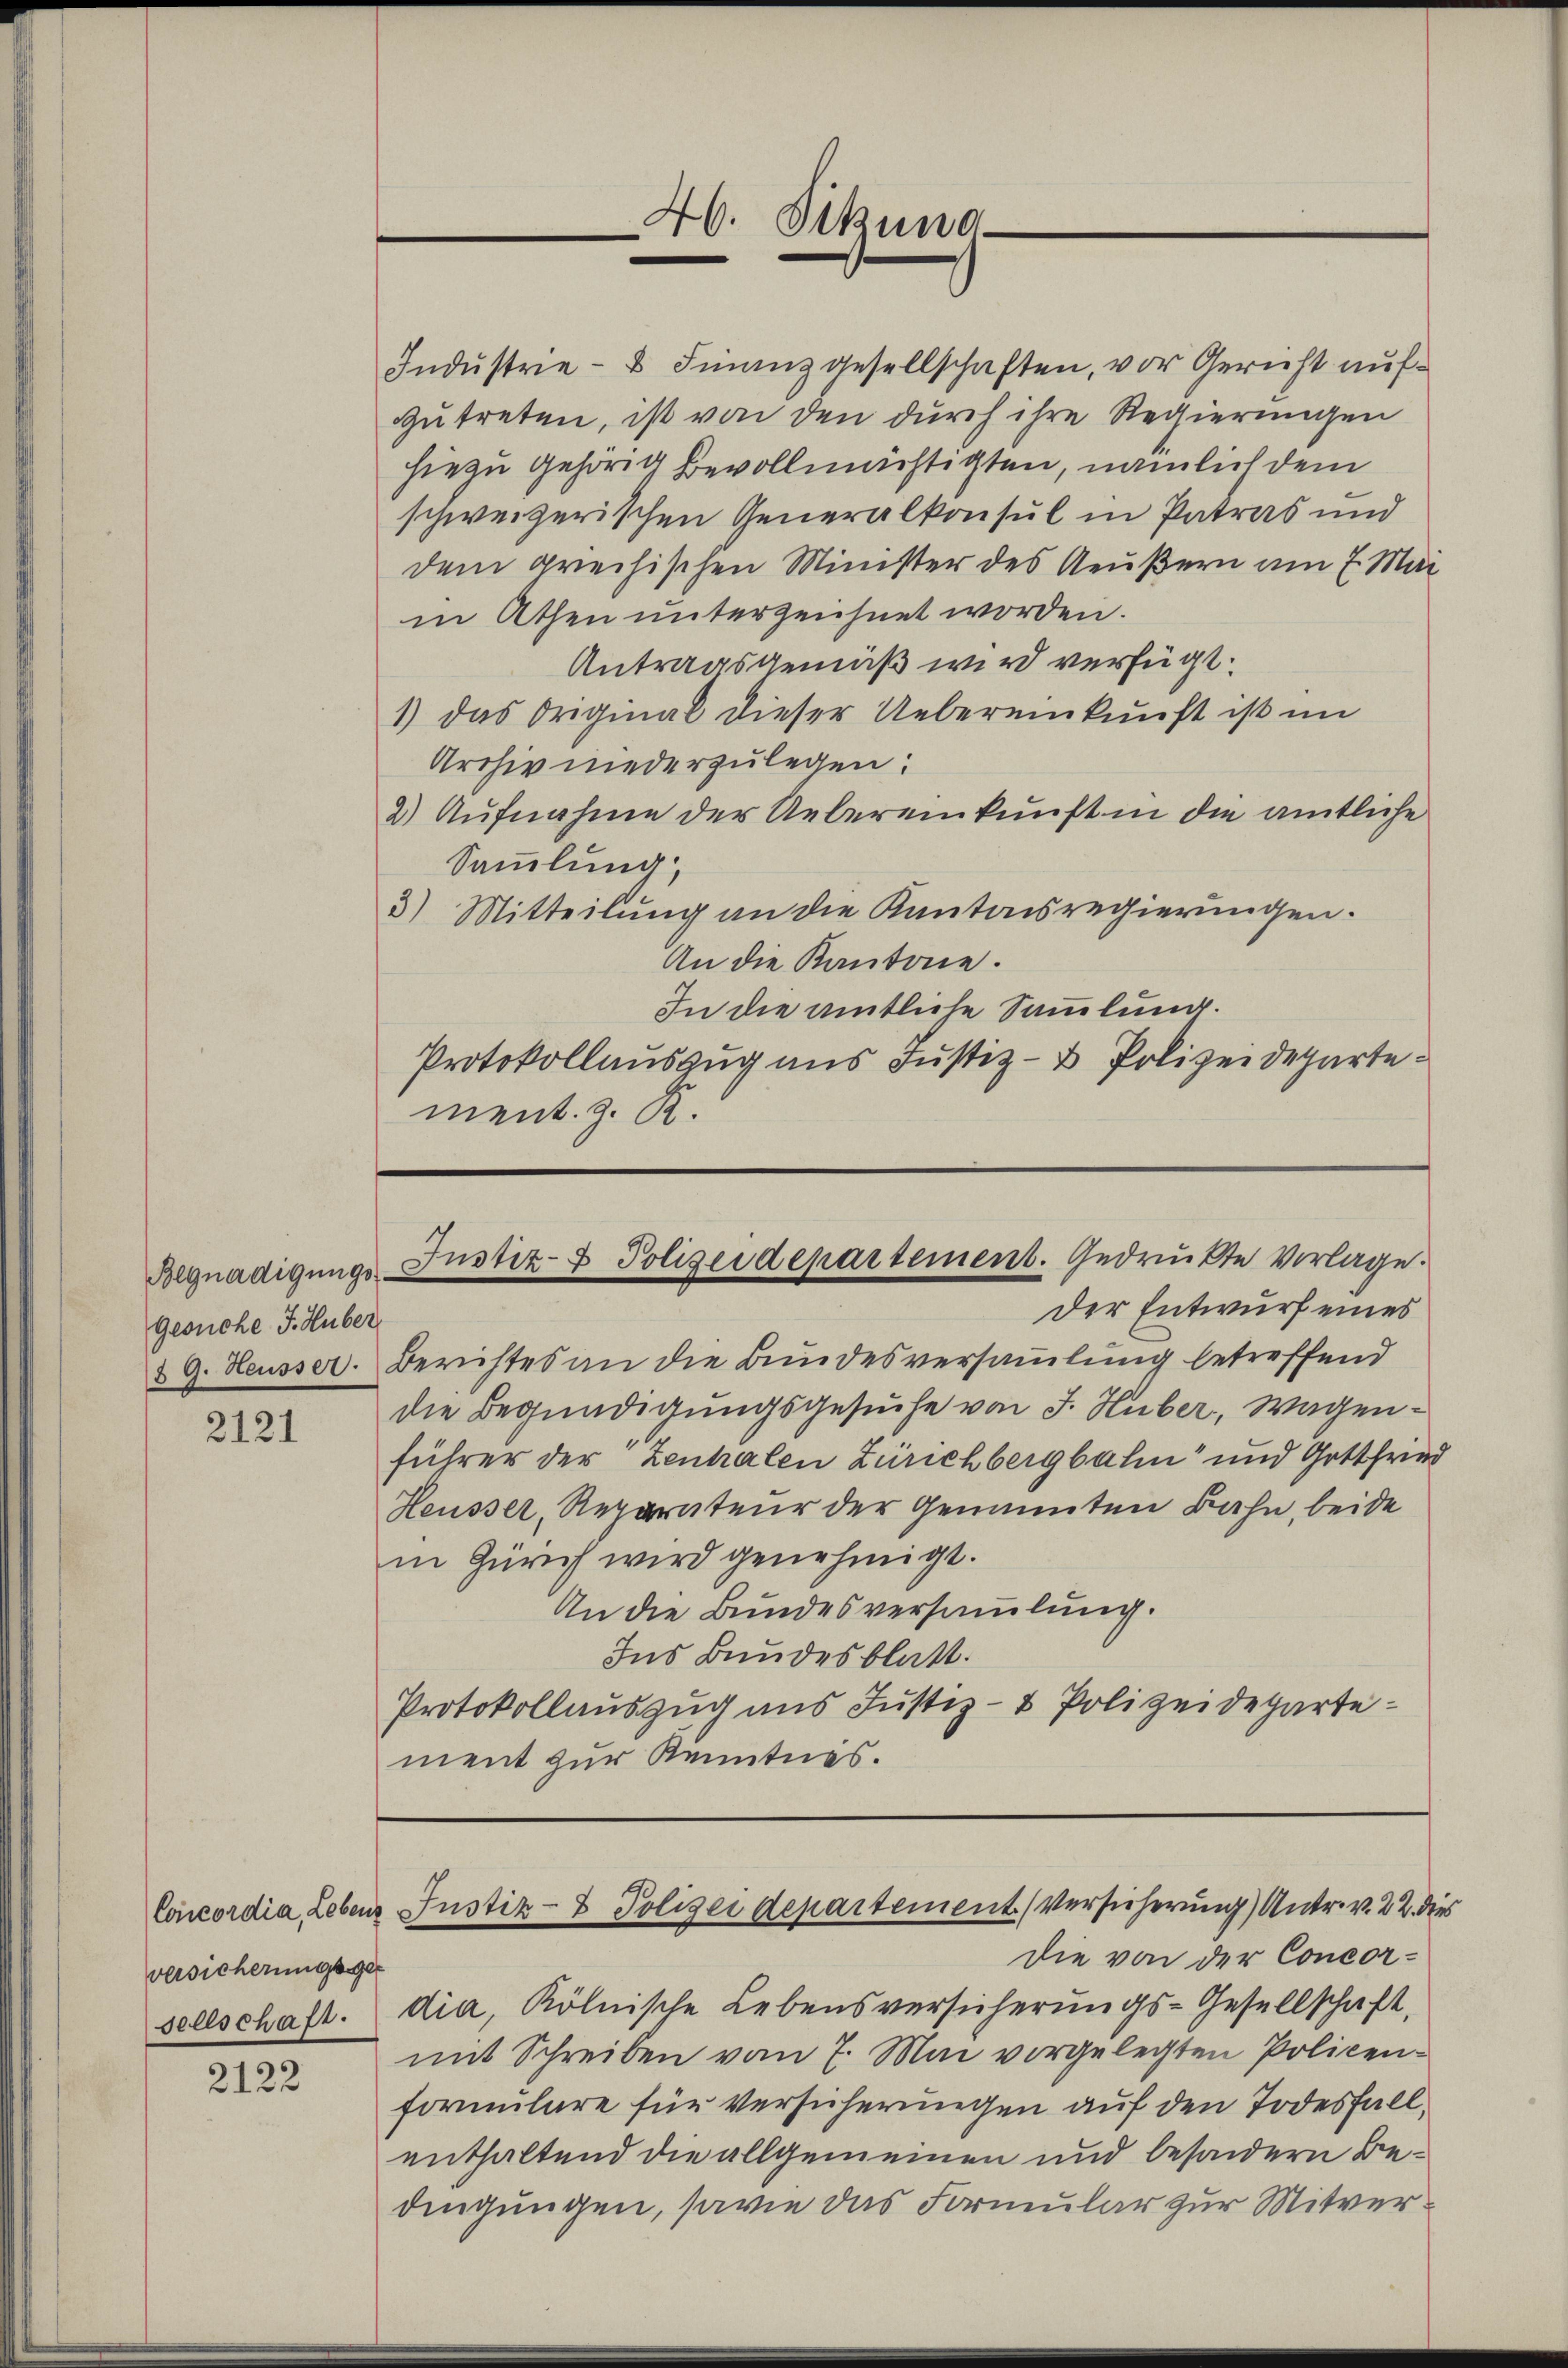
Gesuche J. Huber
§ 9. Heusser.

2121

versicherungsge
sellschaft.

2122

Indŭstrie- & Finanzgesellschaften, vor Gericht auf-
zutreten, ist von den durch ihre Regierungen
hiezu gehörig Bevollmächtigten, nämlich dem
schweizerischen Generalkonsul in Patras und
dem greichischen Minister des Aeußern am 7. Mai
in Athen unterzeichnet worden.
Antragsgemäß wird verfügt:
1) das Original dieser Uebereinkunft ist im
Archiv niederzulegen:
2) Aufnahme der Uebereinkunft in die amtliche
Sammlung,
3) Mitteilung an die Kantonsregierungen.
An die Kantone.
In die amtliche Sammlung.
Protokollauszug aus Justiz- & Polizeidepartement. z. R.

Der Entwurf eines
Berichtes an die Bundesversammlung betreffend
die Begnadigungsgesuche von J. Huber, Wagenführer der Zenhalen Zürichbergbahn und Gottfried
Heusser, Reparateur der Genannten Bahn, beide
in Zürich wird genehmigt.
An die Bundesversammlung.
Ins Bundesblatt.
Protokollauszug aus Justiz- & Polizeidepartement zur Kenntnis.

46. Sitzung
e

Begnadigŭngs- Justiz- & Polizeidepartement. Gedrükte Vorlage.

Concordia Lebens Justiz- & Polizei departement. (Versicherung) Antr. v. 22. dies
die von der Concor¬

f
dia, Kölnische Lebensversicherungs-Gesellschaft,
mit Schreiben vom 7. Mai vorgelegten Policen-
formulare für Versicherungen auf den Todesfall
enthaltend die allgemeinen und besondern Bedingungen, sowie das Formular zur Mitver¬